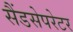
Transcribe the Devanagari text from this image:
सैंडसेपरेटर